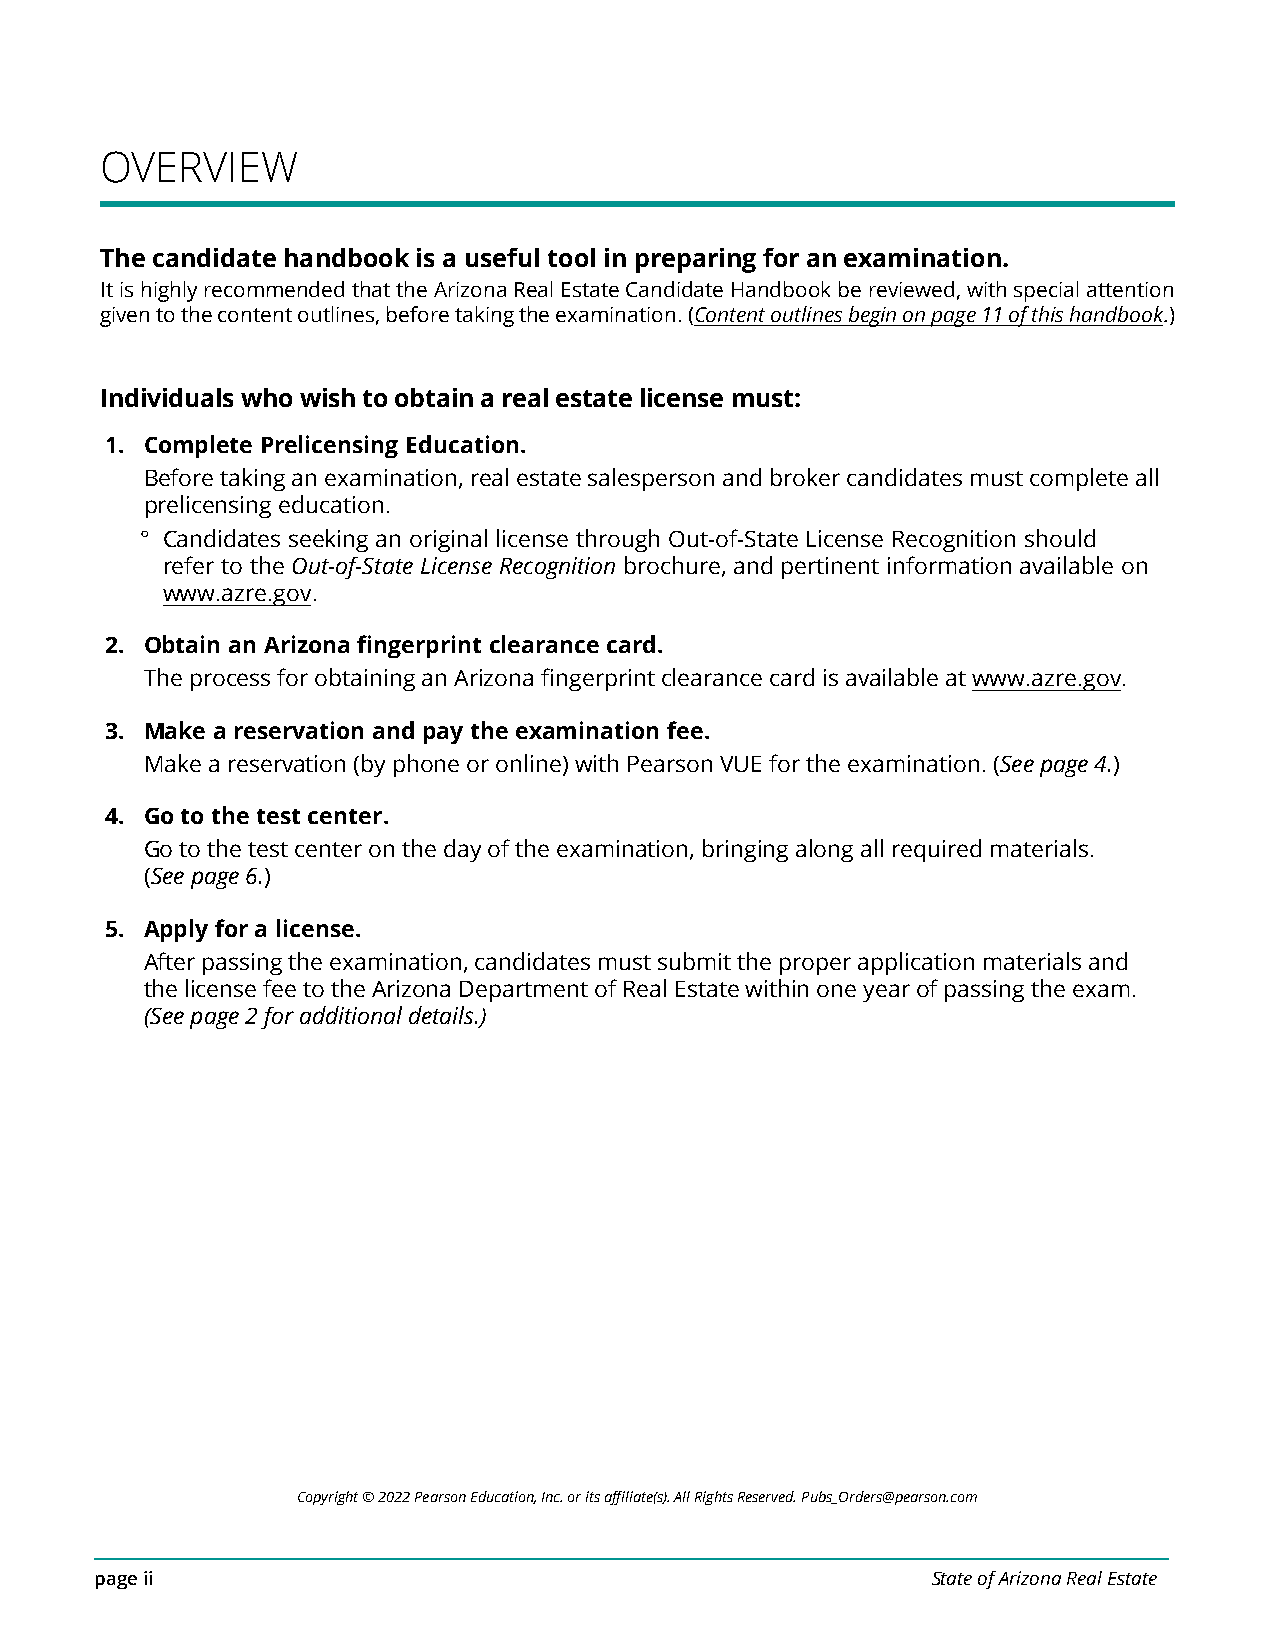
OVERVIEW
 The candidate handbook is a useful tool in preparing for an examination.
 It is highly recommended that the Arizona Real Estate Candidate Handbook be reviewed, with special attention
 given to the content outlines, before taking the examination. (Content outlines begin on page 11 of this handbook.)
 Individuals who wish to obtain a real estate license must:
 1. Complete Prelicensing Education.
 Before taking an examination, real estate salesperson and broker candidates must complete all
 prelicensing education.
 ° Candidates seeking an original license through Out-of-State License Recognition should
 refer to the Out-of-State License Recognition brochure, and pertinent information available on
 www.azre.gov.
 2. Obtain an Arizona fingerprint clearance card.
 The process for obtaining an Arizona fingerprint clearance card is available at www.azre.gov.
 3. Make a reservation and pay the examination fee.
 Make a reservation (by phone or online) with Pearson VUE for the examination. (See page 4.)
 4. Go to the test center.
 Go to the test center on the day of the examination, bringing along all required materials.
 (See page 6.)
 5. Apply for a license.
 After passing the examination, candidates must submit the proper application materials and
 the license fee to the Arizona Department of Real Estate within one year of passing the exam.
 (See page 2 for additional details.)
 Copyright © 2022 Pearson Education, Inc. or its affiliate(s). All Rights Reserved. Pubs_Orders@pearson.com
 page ii                                                 State of Arizona Real Estate